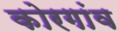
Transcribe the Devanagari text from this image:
कोरगांव